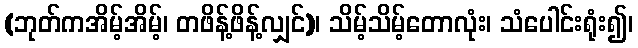
(ဘုတ်ကအိမ့်အိမ့်၊ တဖိန့်ဖိန့်လျှင်)၊ သိမ့်သိမ့်တောလုံး၊ သံပေါင်းရုံး၍၊